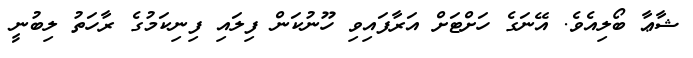
ޝާޢާ ބޯލިއެވެ. އޭނަގެ ހަށްޓަށް އަރާފައިވި ހޫނުކަން ފިލައި ފިނިކަމުގެ ރާހަތު ލިބުނީ